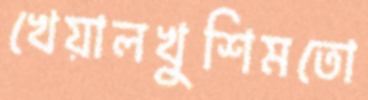
খেয়ালখুশিমতো